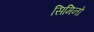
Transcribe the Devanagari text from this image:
सिमिनो